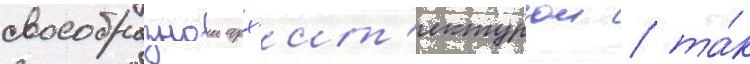
своеобразнои арх'ит'ектурои / та́к